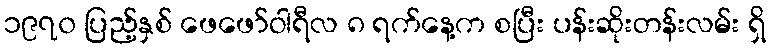
၁၉၇၀ ပြည့်နှစ် ဖေဖော်ဝါရီလ ၈ ရက်နေ့က စပြီး ပန်းဆိုးတန်းလမ်း ရှိ